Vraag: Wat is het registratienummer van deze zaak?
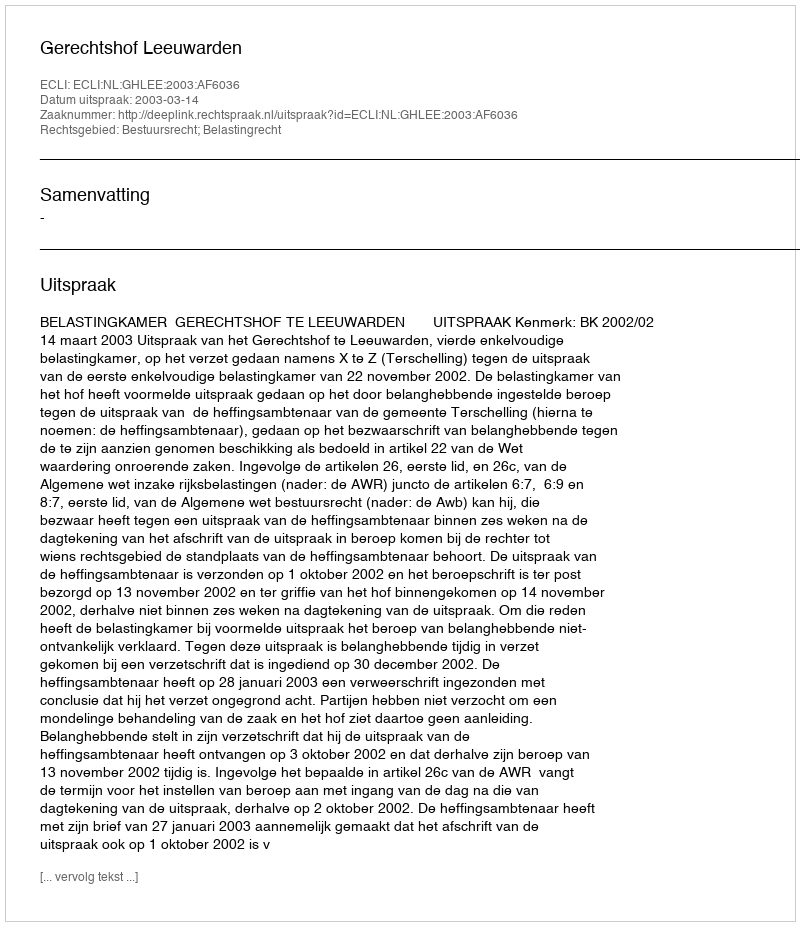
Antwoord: http://deeplink.rechtspraak.nl/uitspraak?id=ECLI:NL:GHLEE:2003:AF6036